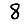
Digit: 8